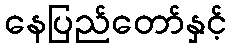
နေပြည်တော်နှင့်